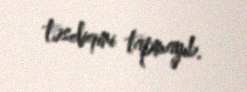
təsdiqini tapmayıb.